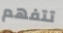
تتفهم